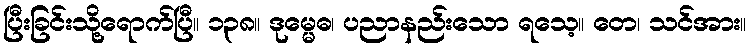
ပြီးခြင်းသို့ရောက်ပြီ။ ၁၃၈။ ဒုမ္မေဓ၊ ပညာနည်းသော ရသေ့။ တေ၊ သင်အား။